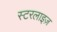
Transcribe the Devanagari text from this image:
स्टरलाइज़